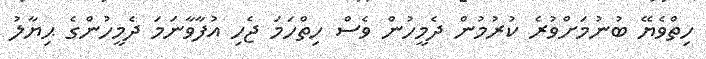
ހިތްވެޔޭ ބުނުމަށްވުރެ ކުރުމުން ދެމީހުން ވެސް ހިތްހަމަ ޖެހި އުފާވާނަމަ ދެމީހުންގެ ޙިޔާލު